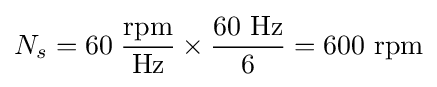
N_{s}=60\;{\frac {\text{rpm}}{\text{Hz}}}\times {\frac {60{\text{ Hz}}}{6}}=600\,\,{\text{rpm}}